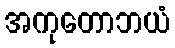
အကုတောဘယံ